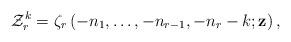
LaTeX: \begin{align*}\mathcal{Z}_{r}^{k}=\zeta_{r}\left(-n_{1},\dots,-n_{r-1},-n_{r}-k;\mathbf{z}\right),\end{align*}